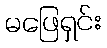
မဖြေရှင်း